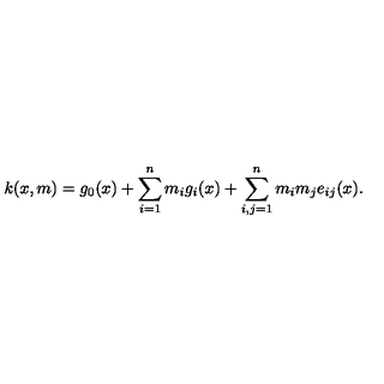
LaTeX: k ( x , m ) = g _ { 0 } ( x ) + \sum _ { i = 1 } ^ { n } m _ { i } g _ { i } ( x ) + \sum _ { i , j = 1 } ^ { n } m _ { i } m _ { j } e _ { i j } ( x ) .